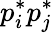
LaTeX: p_{i}^{*}p_{j}^{*}